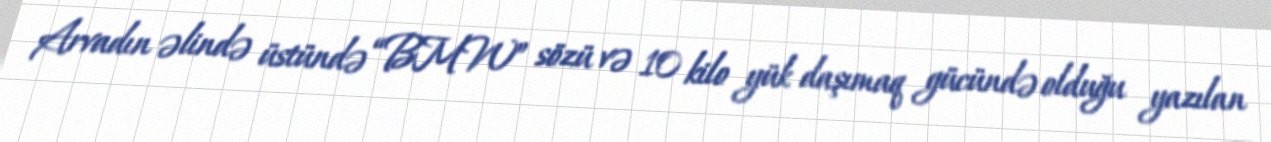
Arvadın əlində üstündə “BMW” sözü və 10 kilo yük daşımaq gücündə olduğu yazılan